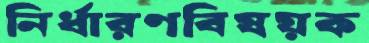
নির্ধারণবিষয়ক